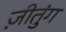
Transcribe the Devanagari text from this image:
ज़ीतुंग